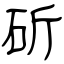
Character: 斫